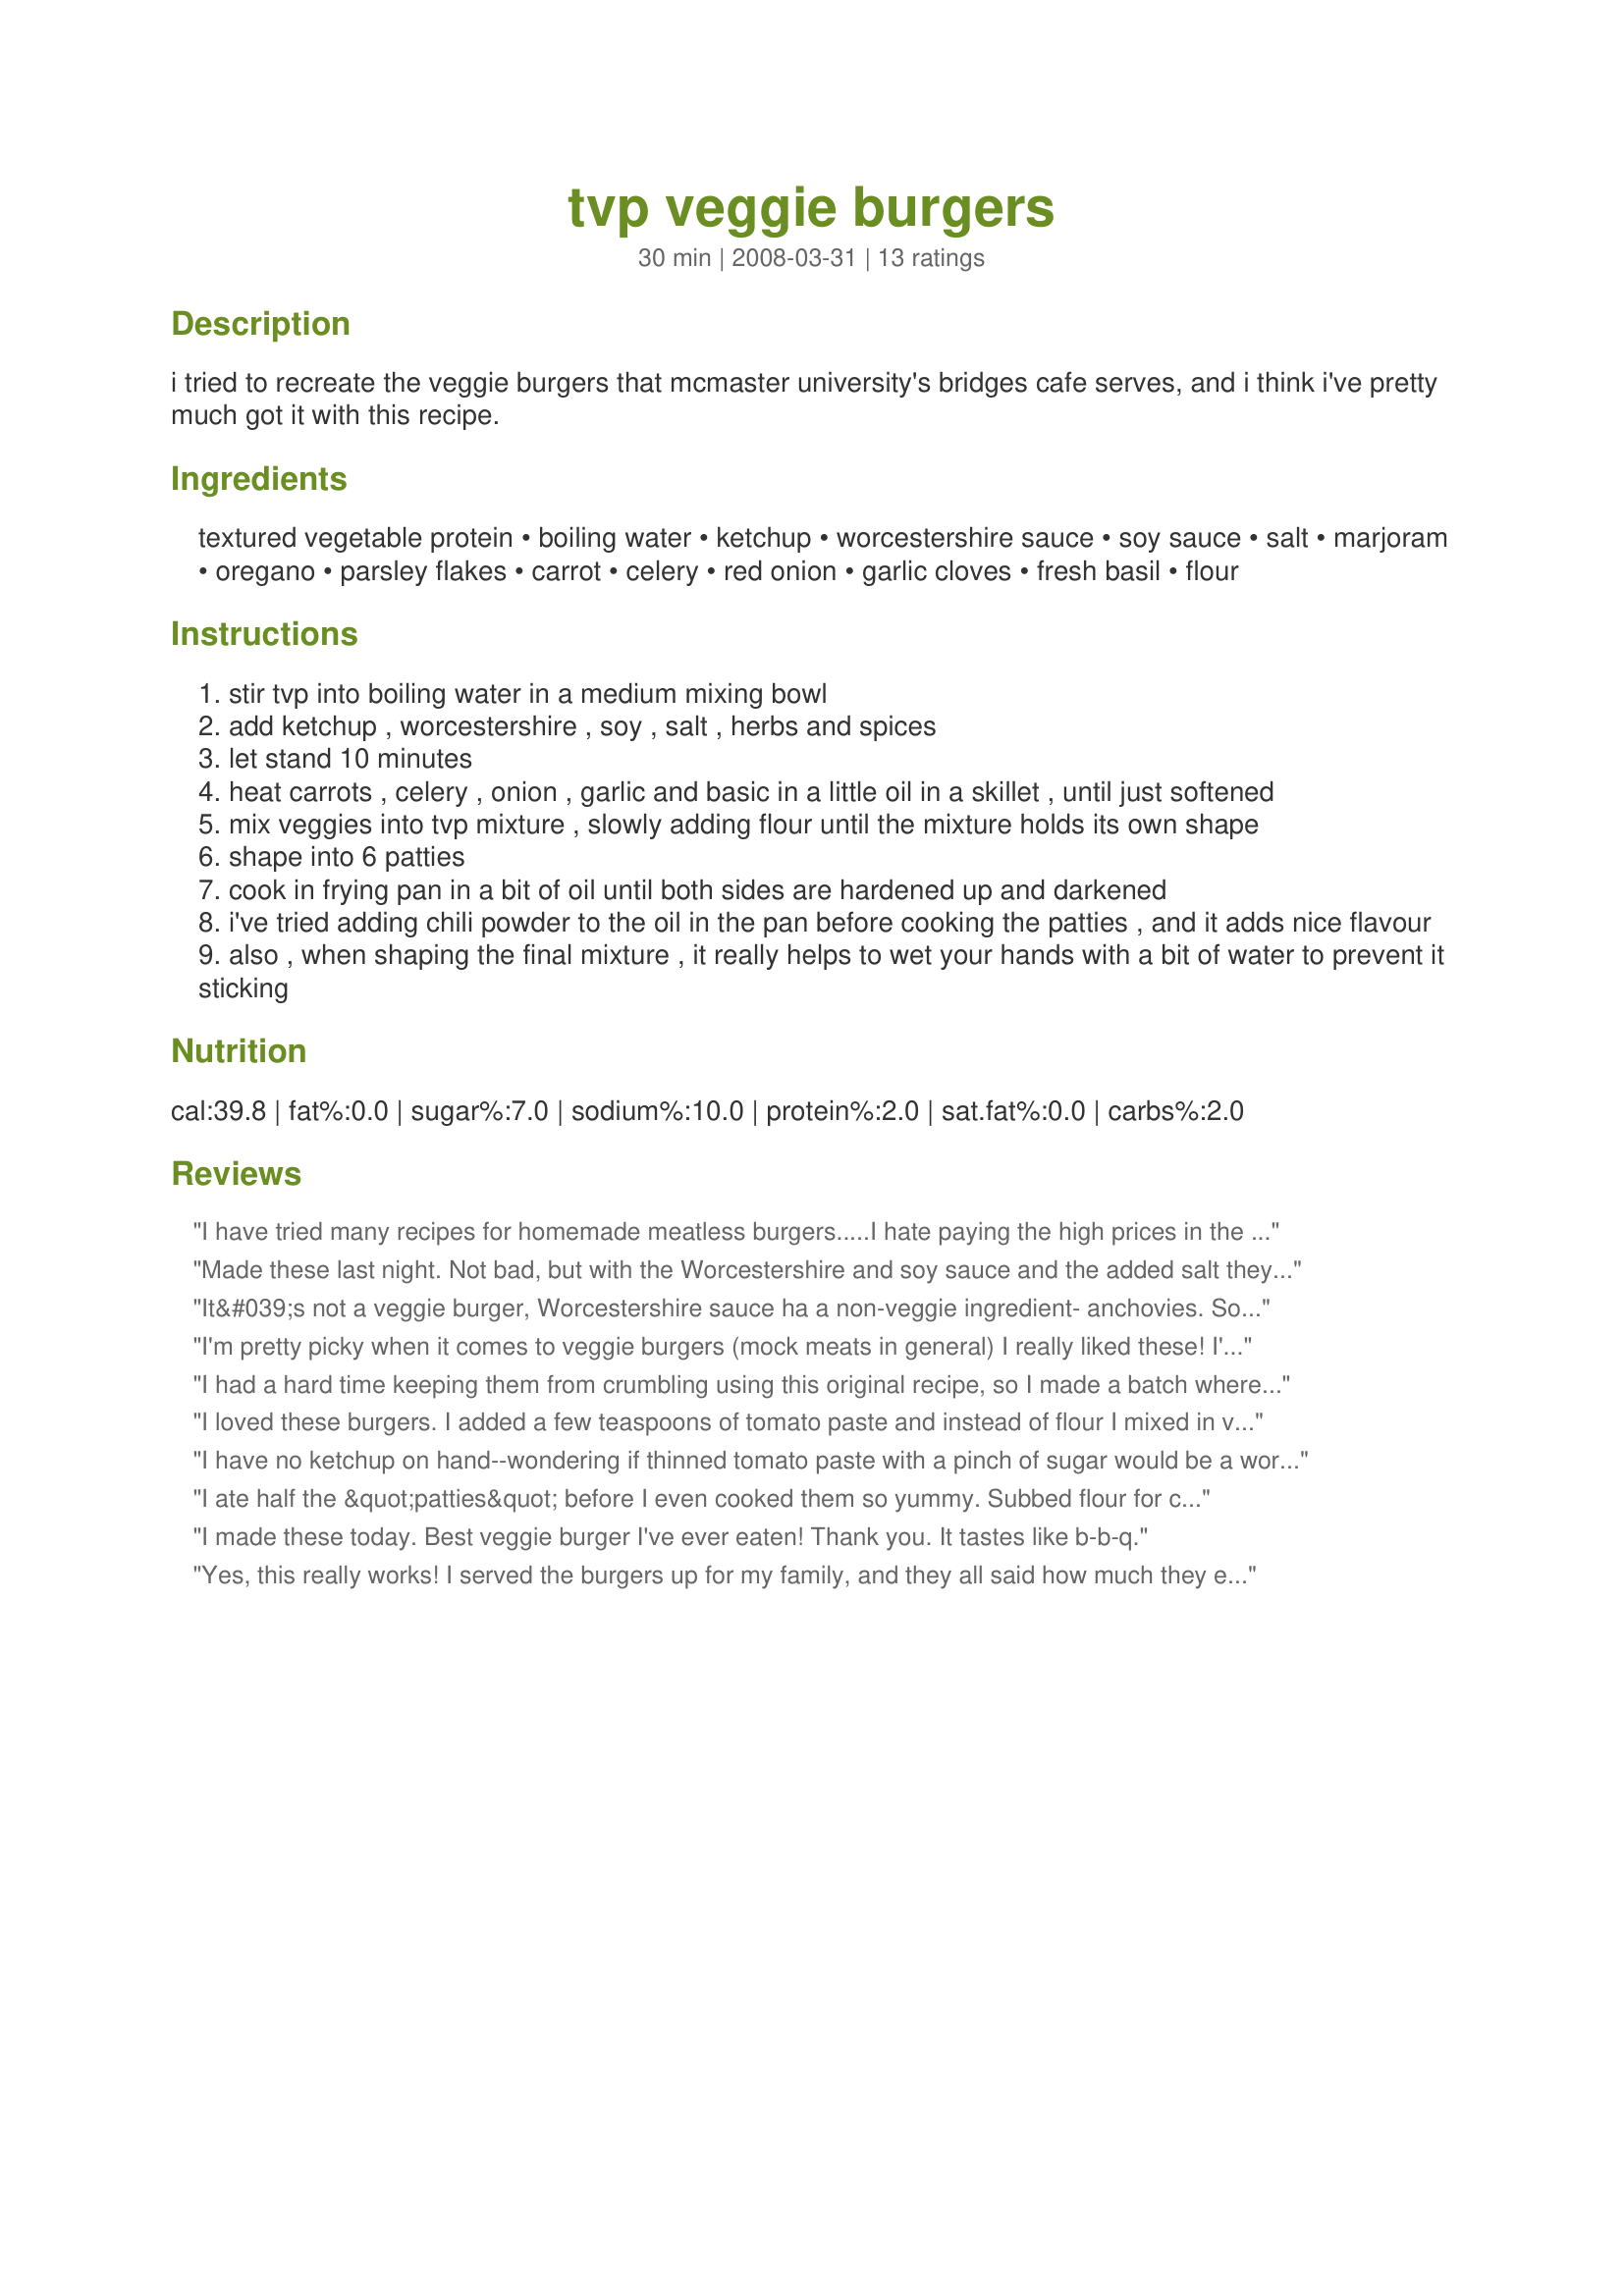
tvp veggie burgers
Preparation time: 30 minutes

i tried to recreate the veggie burgers that mcmaster university's bridges cafe serves, and i think i've pretty much got it with this recipe.

Ingredients:
textured vegetable protein, boiling water, ketchup, worcestershire sauce, soy sauce, salt, marjoram, oregano, parsley flakes, carrot, celery, red onion, garlic cloves, fresh basil, flour

Steps:
stir tvp into boiling water in a medium mixing bowl
add ketchup , worcestershire , soy , salt , herbs and spices
let stand 10 minutes
heat carrots , celery , onion , garlic and basic in a little oil in a skillet , until just softened
mix veggies into tvp mixture , slowly adding flour until the mixture holds its own shape
shape into 6 patties
cook in frying pan in a bit of oil until both sides are hardened up and darkened
i've tried adding chili powder to the oil in the pan before cooking the patties , and it adds nice flavour
also , when shaping the final mixture , it really helps to wet your hands with a bit of water to prevent it sticking

Reviews:
I have tried many recipes for homemade meatless burgers.....I hate paying the high prices in the stores, and I like knowing exactly what is in my food. These were the absolute BEST so far!!! I added a few chopped mushrooms with the vegetables and left out the carrot because I didn't have any. I also added a few drops of liquid smoke just for a bit more flavor. These were a HUGE success!!!! Even my kids, who spurn anything vegetarian, really liked them!!! :) It doesn't get much better than that!! :)
Made these last night. Not bad, but with the Worcestershire and soy sauce and the added salt they were kind of salty. I think I might omit the extra salt the next time I made them. I'm also thinking of replacing the flour with potato flakes just to see if that would work.
It&#039;s not a veggie burger, Worcestershire sauce ha a non-veggie ingredient- anchovies. So, I&#039;m not going to be eating this anytime soon.
I'm pretty picky when it comes to veggie burgers (mock meats in general) I really liked these! I've made other tvp burgers that weren't near this good. The texture is better and they stayed together! I like this spice combo, but I think it would be better with mushrooms and caramelized onions, or even gravy! Next time I use this for "hamburgers" I'll change up the spice mixture a bit ( possabilities are endless, but keep the onion/celery!). These would also be great "chicken" patties with the right seasonings (vegan chicken bullion perhaps?) That being said I did make a few changes (it's in my nature) I threw in a couple TBSPs of wheat gluten (which gave a little more "bite"), a hand full of shredded cheese, little extra ketchup, some spicy mustard and black pepper! Thanks Stuyoung!
I had a hard time keeping them from crumbling using this original recipe, so I made a batch where I added one vegan egg with the flour and they turned out so amazing. Thank you!
I loved these burgers. I added a few teaspoons of tomato paste and instead of flour I mixed in vital wheat gluten refrigerated the mixture for an hour and had no problem keeping them together. They were very tasty andI Just saute them in some evoo and enjoy.
I have no ketchup on hand--wondering if thinned tomato paste with a pinch of sugar would be a workable substitute?
I ate half the &quot;patties&quot; before I even cooked them so yummy. Subbed flour for coconut flour. Soy sauce for coconut aminos and added zucchini instead of celery. Mine did not stay together at all so I just scrambled it all up and put them in lettuce cups. If you're not vegan I would suggest binding it with an egg or whatever you vegans use thats like an egg. but it tasted great and I would try it again but with an egg next time.
I made these today. Best veggie burger I've ever eaten! Thank you. It tastes like b-b-q.
Yes, this really works! I served the burgers up for my family, and they all said how much they enjoyed them, and that I must make them again. They have a great texture and taste.
 I substituted some tomato puree and a teaspoon of honey instead of the ketchup. because i don't eat much stuff with sugar in it, and also put in a teaspoon of cumin and a bit of chilli powder. i also found that it needed just a touch more flour than stated in the recipe.
It worked really well! I added in BBQ sauce in lieu of ketchup, plus cumin and chili powder. The burgers are kind of small, though, so I would reduce the number of patties called for and make them larger.
This was my first time using TVP. I can't believe how easy and good this recipe is. I added some liquid smoke and a little extra flour. Excellent!
The flavor in the burgers is fine, but like many veggie burger recipes they don't hold together very well.
